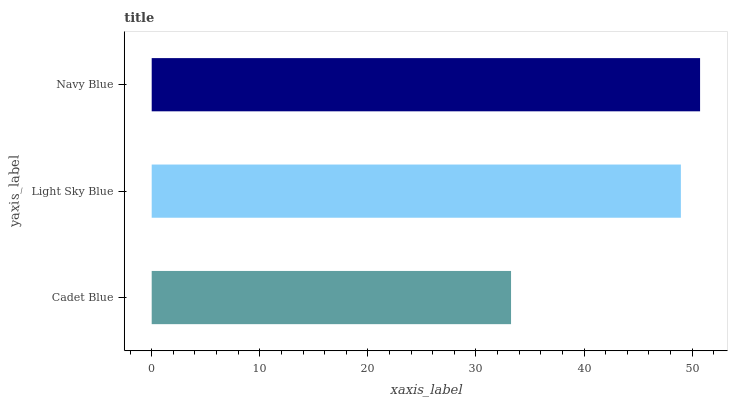
| yaxis_label | bars |
 | --- | --- |
 | Cadet Blue | 33.2 |
 | Light Sky Blue | 49 |
 | Navy Blue | 50.7 |